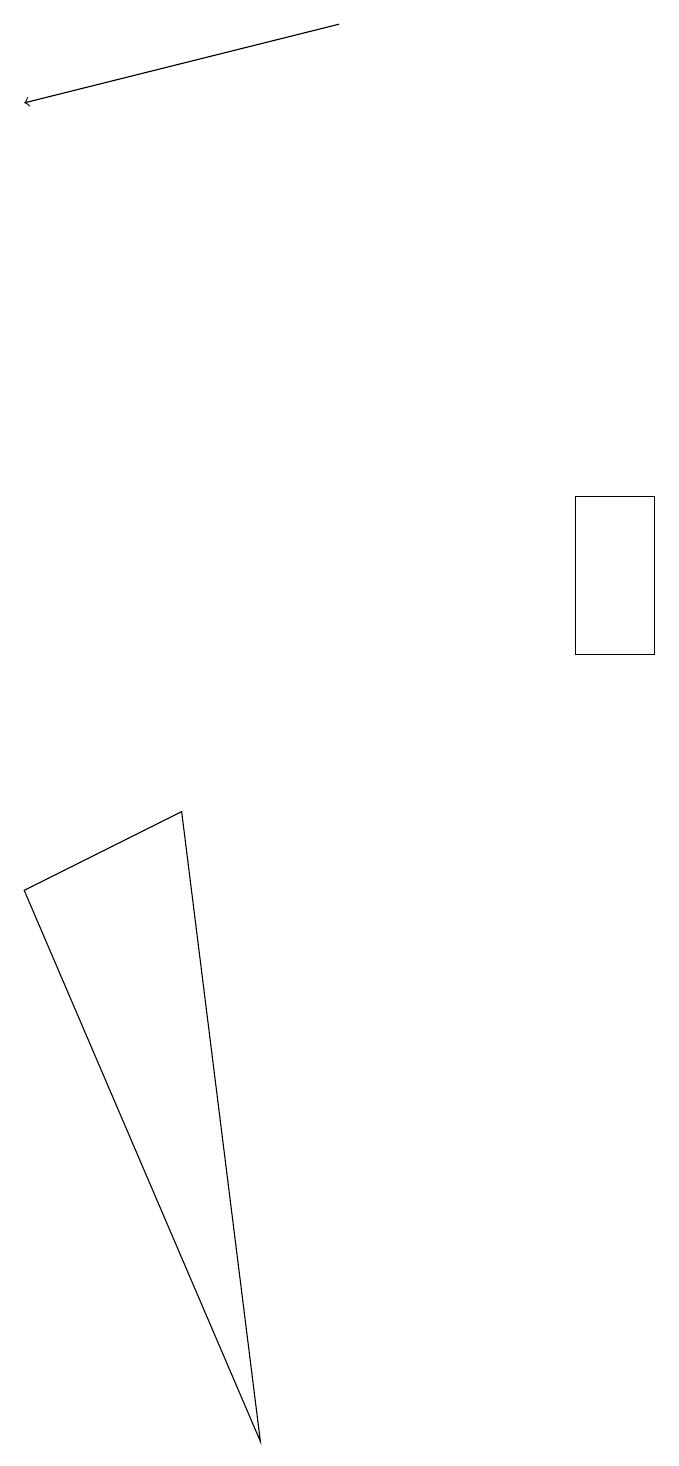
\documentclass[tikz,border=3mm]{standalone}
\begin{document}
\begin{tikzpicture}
\draw (7,13) rectangle (8,11);
\draw[->] (4,19) -- (0,18);
\draw (3,1) -- (0,8) -- (2,9) -- cycle;
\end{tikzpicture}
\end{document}